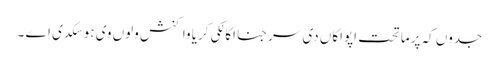
جدوں کہ پرماتحت اپواکاں دی سرجنا اکالکی کریا واکنش ولوں وی ہو سکدی اے ۔